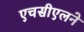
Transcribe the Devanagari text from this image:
एचसीएलने